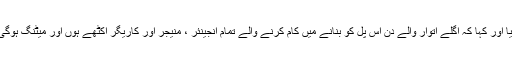
کئی لوگ مرگئے ملکی قیادت نے دورہ کیا اور کہا کہ اگلے اتوار والے دن اس پل کو بنانے میں کام کرنے والے تمام انجینئر ، منیجر اور کاریگر اکٹھے ہوں اور میٹنگ ہوگی، چنانچہ انجینئر اور منیجر اکٹھے ہوئے۔